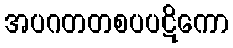
အပဂတတစပပဋိကော